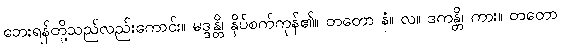
ဘေးရန်တို့သည်လည်းကောင်း။ မဒ္ဒန္တိ၊ နှိပ်စက်ကုန်၏။ တတော နံ။ လ။ ဒကန္တိ၊ ကား။ တတော